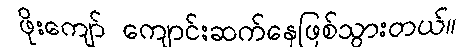
ဖိုးကျော် ကျောင်းဆက်နေဖြစ်သွားတယ်။